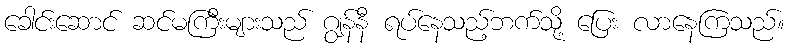
ခေါင်းဆောင် ဆင်မကြီးများသည် ဂျွန်နီ ရပ်နေသည့်ဘက်သို့ ပြေး လာနေကြသည်။